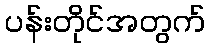
ပန်းတိုင်အတွက်